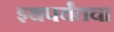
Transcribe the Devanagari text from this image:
इथपर्यंतचा